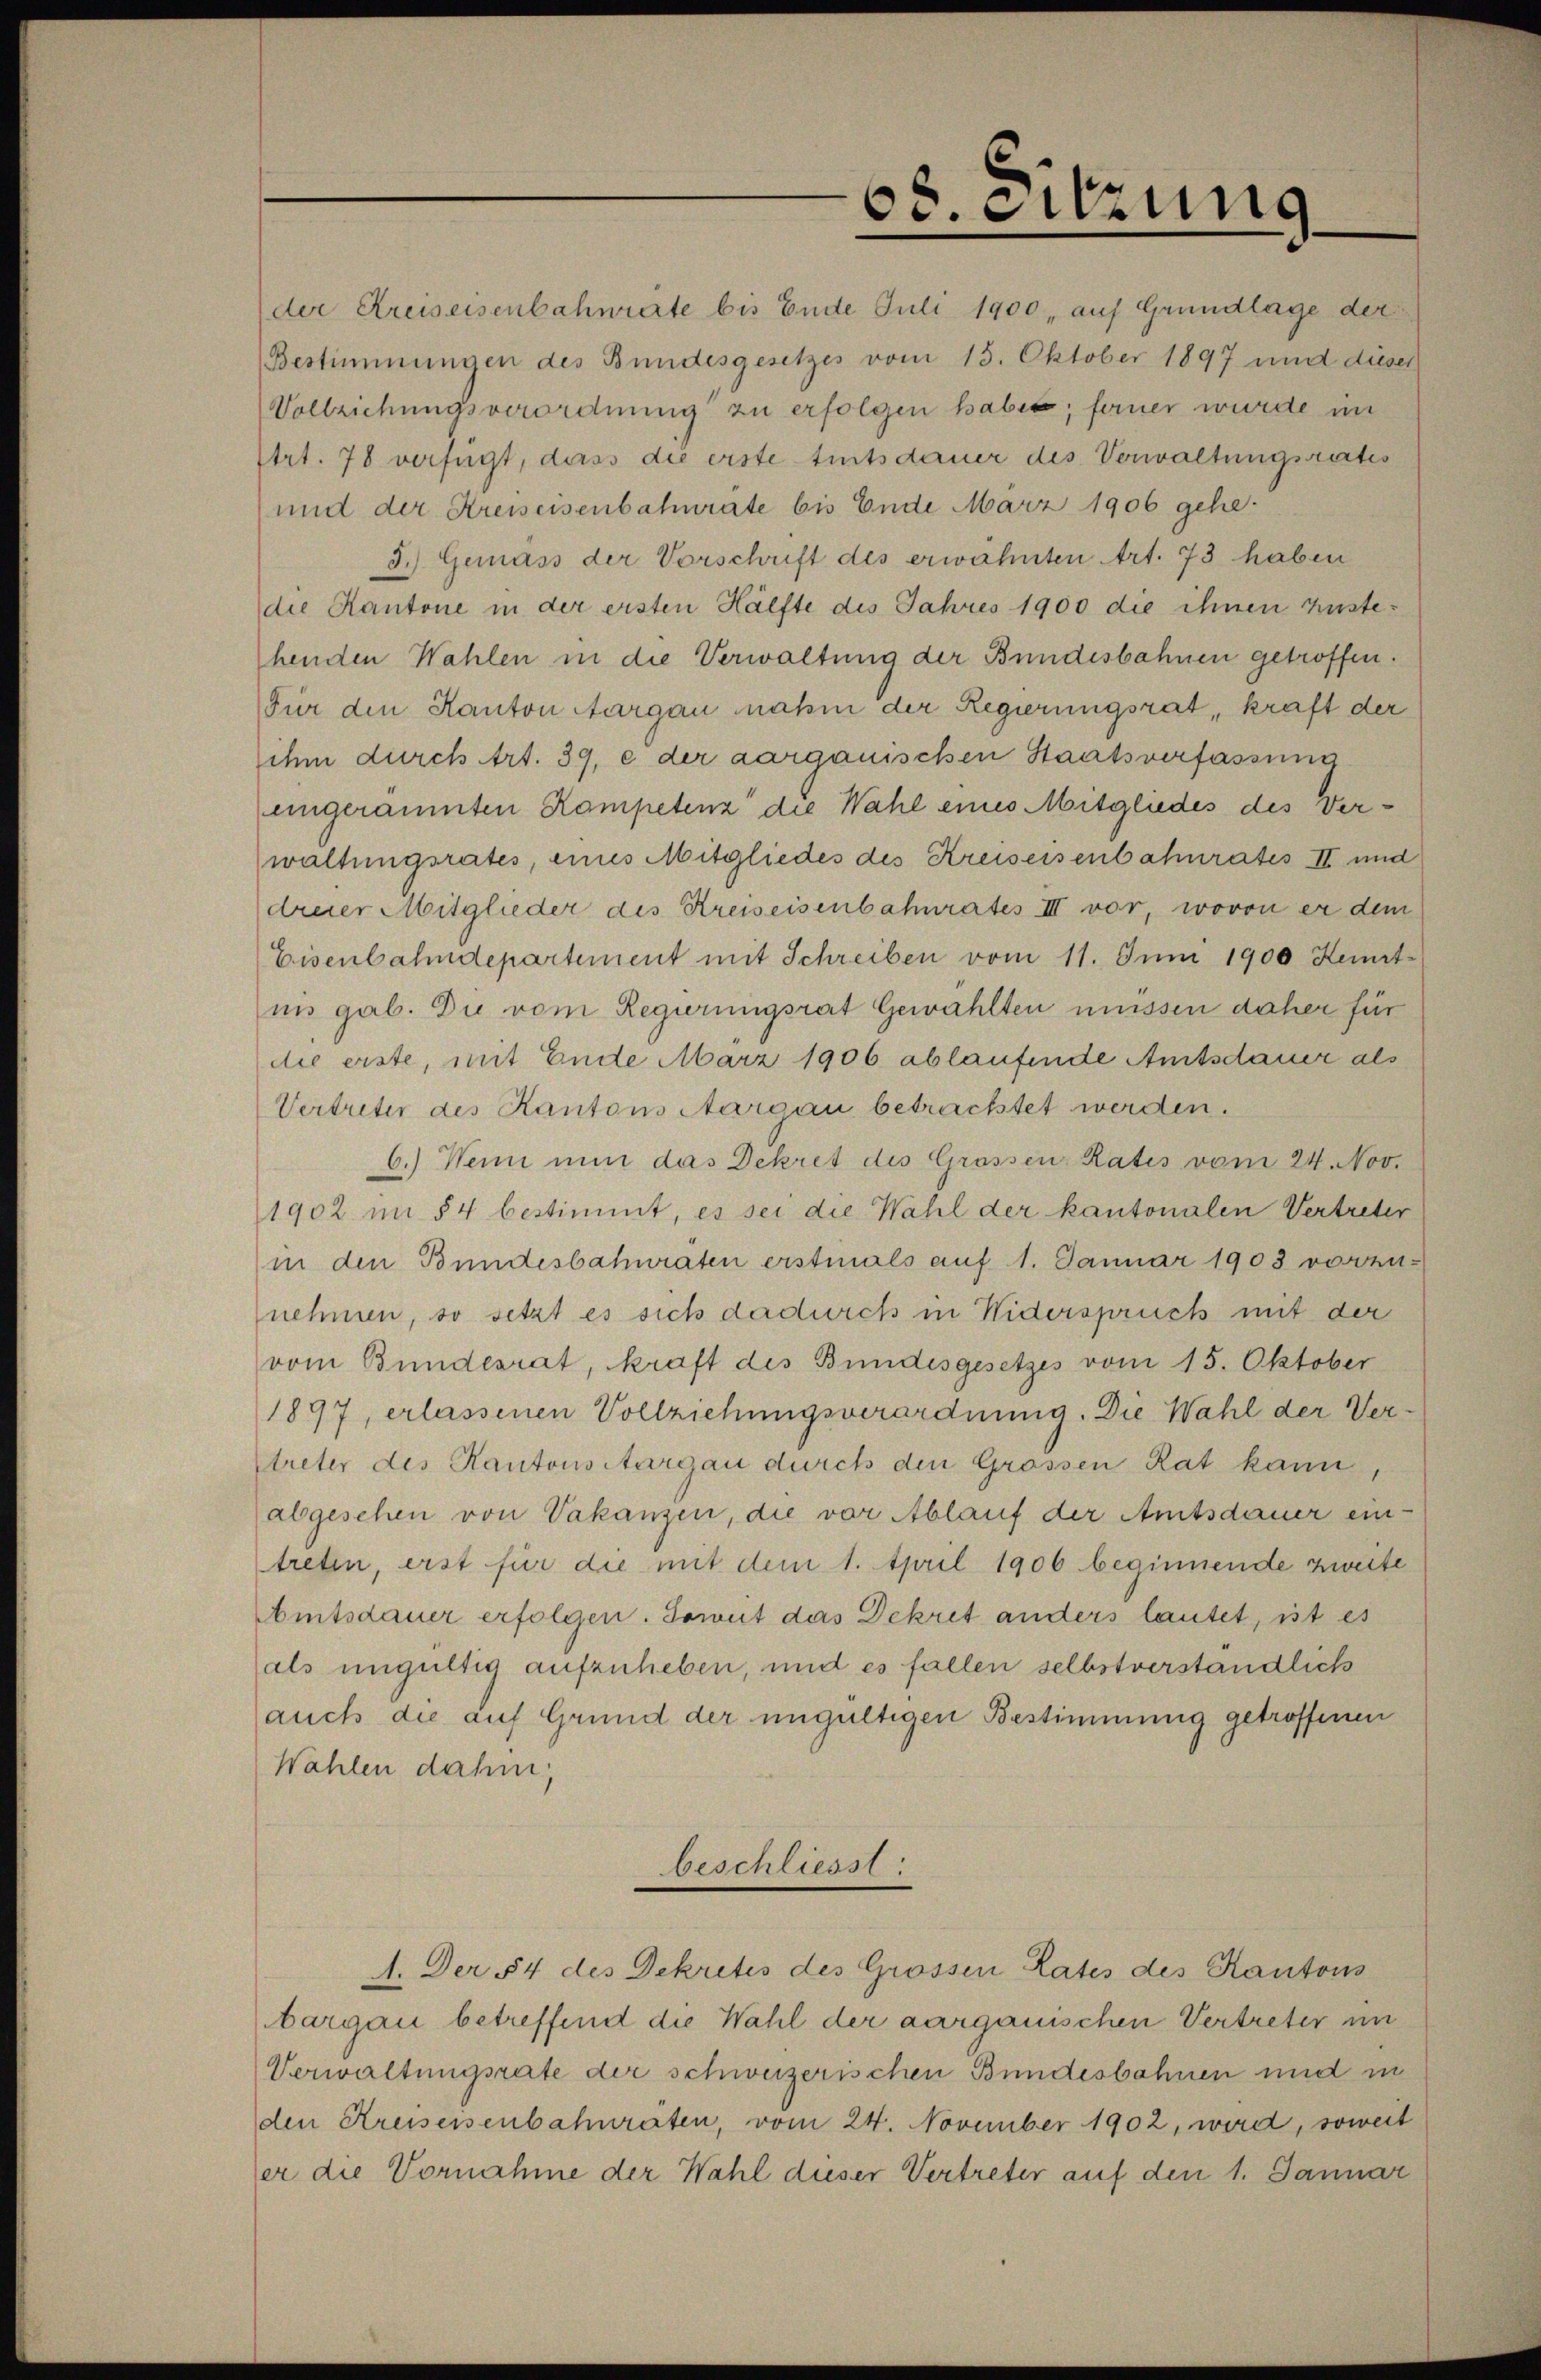
der Kreiseisenbahnräte bis Ende Juli 1900, auf Grundlage der
Bestimmungen des Bundesgesetzes vom 15. Oktober 1897 und dieser
Vollziehungsverordnung zu erfolgen haben; ferner wurde in
Etrt. 78 verfügt, dass die erste tintsdauer des Verwaltungsrates
und der Kreiseisenbahnrate bis Ende März 1906 gehe.
3.) Gemäss der Vorschrift des erwähnten Art. 73 haben
die Kantone in der ersten Hälfte des Jahres 1900 die ihnen zustehenden Wahlen in die Verwaltung der Bundesbahnen getroffen.
Für den Kanton Aargau nahin der Regierungsrat, kraft der
ihm durch Art. 39, e der aargauischen Staatsverfassung
eingeräumten Kampetenz die Wahl eines Mitgliedes des Verwaltungsrates, eines Mitgliedes des Kreiseisenbahnrates II und
dreier Mitglieder des Kreiseisenbahnrates III vor, wovon er dem
Eisenbahndepartement mit Schreiben vom 11. Juni 1900 Kemrt
in gab. Die vom Regierungsrat Gewählten müssen daher für
die erste, mit Ende März 1906 ablaufende Amtsdauer als
Vertreter des Kantons Aargau betrachtet werden.
6.) Wenn nun das Dekret des Grossen Rates vom 24. Nov.
1902 im 54 bestimmt, es sei die Wahl der kantonalen Vertreter
in den Bundesbahnraten erstmals auf 1. Januar 1903 vorzunehmen, so setzt es sich dadurch in Widerspruch mit der
vom Bundesrat, kraft des Bundesgesetzes vom 15. Oktober
1897, erlassenen Vollziehungsverordnung. Die Wahl der Ver-
treter des Kantonsiturgau durch den Grössen Rat kann
abgesehen von Vakanzen, die vor Ablauf der Amtsdauer ein-
treten, erst für die mit dem 1. April 1906 beginnende zweite
Amtsdauer erfolgen. Soweit das Dekret anders lautet, ist es
als ungültig aufzuheben, und es fallen selbstverständlich
auch die auf Grund der ungültigen Bestimmung getroffenen
Wahlen dahin,
beschliesst:
A. Der 54 des Dekretés des Grossen Lates des Kantons
bargau betreffend die Wahl der aargauischen Vertreter im
Verwaltungsrate der schweizerischen Bundesbahnen und in
den Kreiseisenbahnraten, vom 24. November 1902, wird, soweit
er die Vornahme der Wahl dieser Vertreter auf den 1. Januar

68. Sitzung